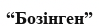
“Бозінген”